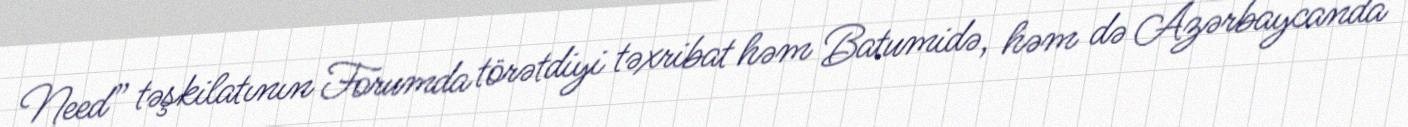
Need” təşkilatının Forumda törətdiyi təxribat həm Batumidə, həm də Azərbaycanda